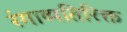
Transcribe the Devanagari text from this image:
रंगाव्यतिरिक्त